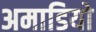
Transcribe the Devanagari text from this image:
अमाडियो